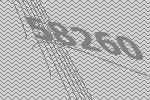
58260